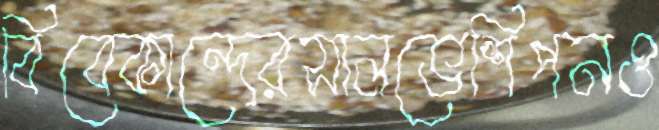
বিবেকান্দেরসালভেশিপনও